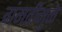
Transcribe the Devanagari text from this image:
गंमतीमुळे